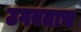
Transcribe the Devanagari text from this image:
उगवताच